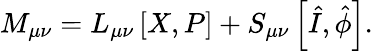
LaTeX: M_{\mu\nu}=L_{\mu\nu}\left[X,P\right]+S_{\mu\nu}\left[\hat{I},\hat{\phi}\right].